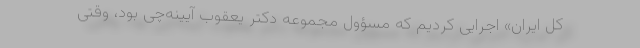
کل ایران» اجرایی کردیم که مسؤول مجموعه دکتر یعقوب آیینه‌چی بود، وقتی